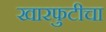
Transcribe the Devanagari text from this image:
खारफुटीचा